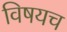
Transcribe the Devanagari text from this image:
विषयच